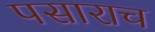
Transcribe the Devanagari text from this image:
पसाराच